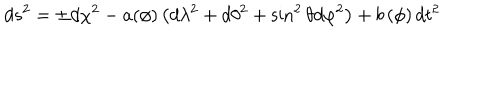
d s ^ { 2 } = \pm d \chi ^ { 2 } - a ( \phi ) \left( d \lambda ^ { 2 } + d \theta ^ { 2 } + \sin ^ { 2 } \theta d \varphi ^ { 2 } \right) + b \left( \phi \right) d t ^ { 2 }